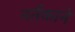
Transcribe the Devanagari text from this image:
नर्तकाने